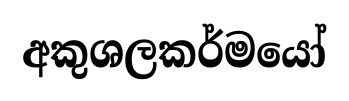
අකුශලකර්මයෝ